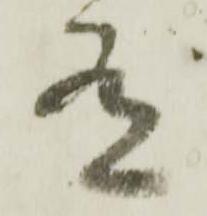
有